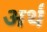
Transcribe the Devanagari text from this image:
अर्थ